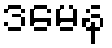
ဒမေန